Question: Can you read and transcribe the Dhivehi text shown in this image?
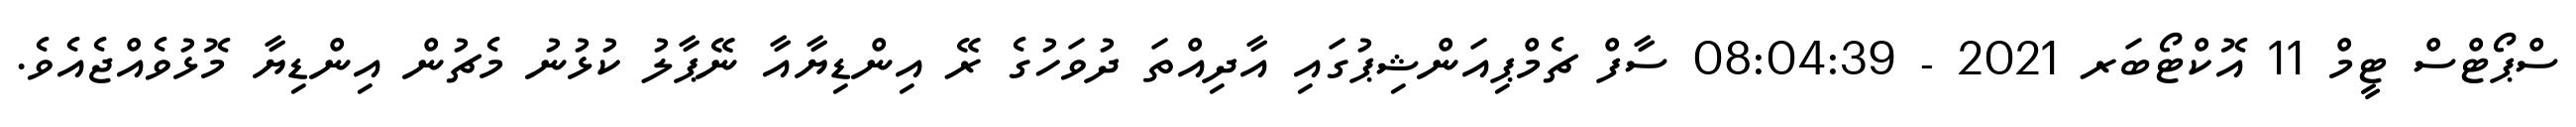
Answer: ސްޕޯޓްސް ޓީމް 11 އޮކްޓޯބަރ 2021 - 08:04:39 ސާފް ޗެމްޕިއަންޝިޕުގައި އާދިއްތަ ދުވަހުގެ ރޭ އިންޑިޔާއާ ނޭޕާލު ކުޅުނު މެޗުން އިންޑިޔާ މޮޅުވެއްޖެއެވެ.